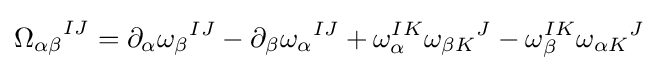
{\Omega _{\alpha \beta }}^{IJ}=\partial _{\alpha }{\omega _{\beta }}^{IJ}-\partial _{\beta }{\omega _{\alpha }}^{IJ}+\omega _{\alpha }^{IK}{\omega _{\beta K}}^{J}-\omega _{\beta }^{IK}{\omega _{\alpha K}}^{J}